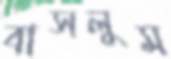
বাসলুম